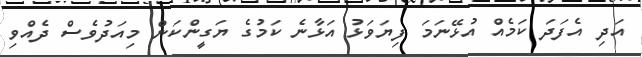
އަދި އެފަދަ ކަމެއް އުޅޭނަމަ ފިޔަވަޅު އަޅާނެ ކަމުގެ ޔަގީންކަން މިއަދުވެސް ދެއްވި